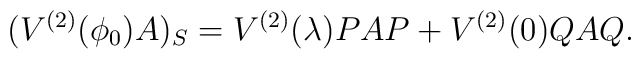
(V^{(2)}(\phi_{0})A)_{S}=V^{(2)}(\lambda) PAP+V^{(2)}(0)QAQ.